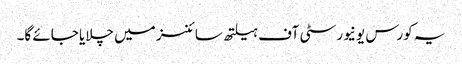
یہ کورس یونیورسٹی آف ہیلتھ سائنسز میں چلایا جائے گا۔